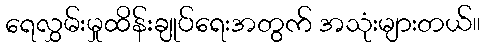
ရေလွှမ်းမှုထိန်းချုပ်ရေးအတွက် အသုံးများတယ်။